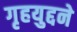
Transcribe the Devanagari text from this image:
गृहयुद्दने